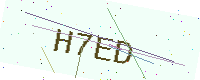
Text: H7ED